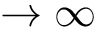
\rightarrow \infty